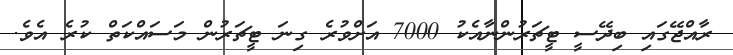
ރާއްޖޭގައި ބިދޭސީ ޓީޗަރުންނާއެކު 7000 އަށްވުރެ ގިނަ ޓީޗަރުން މަސައްކަތް ކުރެ އެވެ.